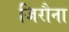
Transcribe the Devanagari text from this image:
जिरौना